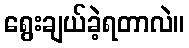
ရွေးချယ်ခဲ့ရတာလဲ။